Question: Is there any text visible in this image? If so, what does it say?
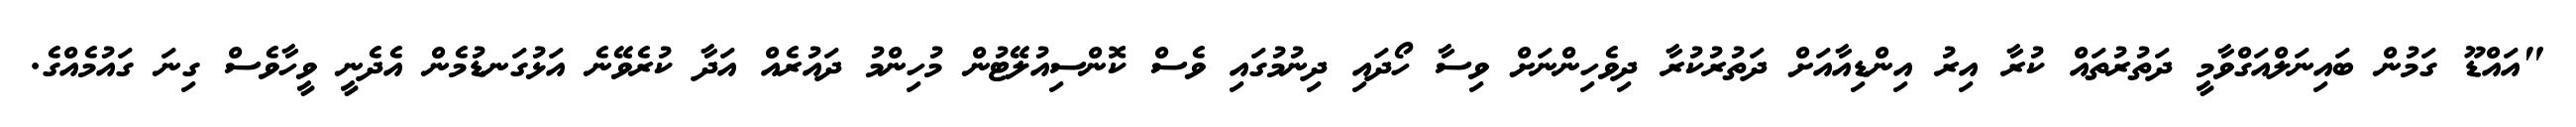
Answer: "އައްޑޫ ގަމުން ބައިނަލްއަގްވާމީ ދަތުރުތައް ކުރާ އިރު އިންޑިއާއަށް ދަތުރުކުރާ ދިވެހިންނަށް ވިސާ ހޯދައި ދިނުމުގައި ވެސް ކޮންސިއުލޭޓުން މުހިންމު ދައުރެއް އަދާ ކުރެވޭނެ އަޅުގަނޑުމެން އެދެނީ ވީހާވެސް ގިނަ ގައުމެއްގެ.